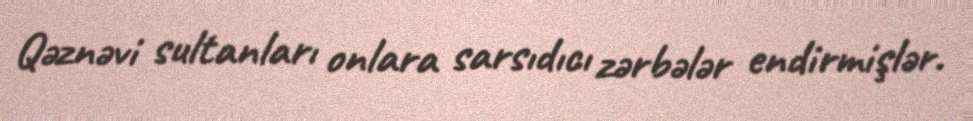
Qəznəvi sultanları onlara sarsıdıcı zərbələr endirmişlər.